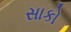
સાકો